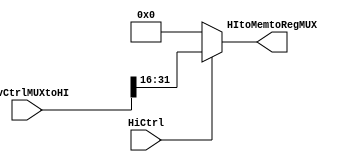
// hi -> used on mult and div
// recives DivCtrlMUXtoHI  [31:0]
// uses HiCtrl to take the 16 most significant bits of the result
module hi (
    input wire [31:0] DivCtrlMUXtoHI,
    input wire HiCtrl,
    output reg [15:0] HItoMemtoRegMUX
);
    
        always @(*) begin
            if (HiCtrl == 1) // if HiCtrl is 1, take the 16 most significant bits of the result
                HItoMemtoRegMUX = DivCtrlMUXtoHI[31:16];
            else
                HItoMemtoRegMUX = 16'b0; // if HiCtrl is 0, set HI to 0
        end
    
endmodule